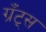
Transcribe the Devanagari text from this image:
ग्रँट्स